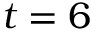
t = 6